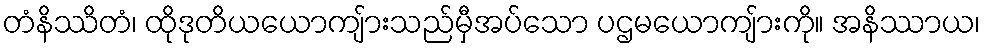
တံနိဿိတံ၊ ထိုဒုတိယယောကျ်ားသည်မှီအပ်သော ပဌမယောကျ်ားကို။ အနိဿာယ၊